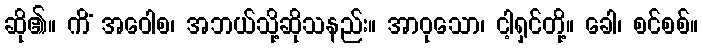
ဆို၏။ ကိံ အဝေါစ၊ အဘယ်သို့ဆိုသနည်း။ အာဝုသော၊ ငါ့ရှင်တို့။ ခေါ၊ စင်စစ်။